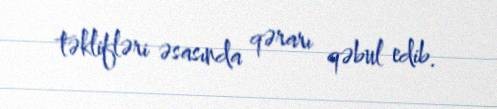
təklifləri əsasında qərarı qəbul edib.